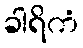
ခါရိကံ